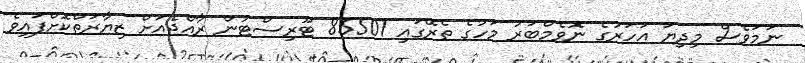
ނަމަވެސް މިދިޔަ އަހަރުގެ ނޮވެމްބަރު މަހުގެ ތެރޭގައި 85501 ޓޫރިސްޓުން ރާއްޖެއަށް ޒިޔާރަތްކޮށްފައިވެ